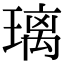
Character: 璃